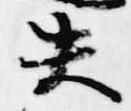
失